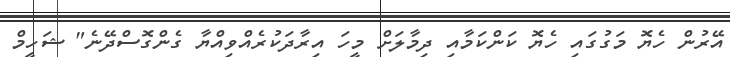
އޭރުން ހެޔޮ މަގުގައި ހެޔޮ ކަންކަމާއި ދިމާލަށް މީހަ އިރާދަކުރެއްވިއްޔާ ގެންގޮސްދޭނެ" ޝަހީމް